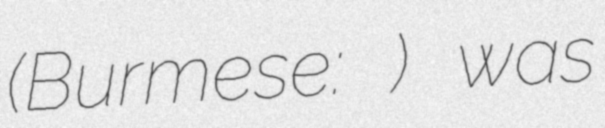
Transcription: (Burmese: မြင့်အောင်) was